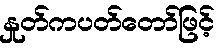
နှုတ်ကပတ်တော်ဖြင့်